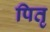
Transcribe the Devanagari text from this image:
पितृ